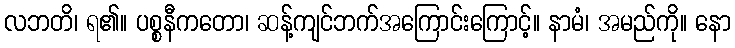
လဘတိ၊ ရ၏။ ပစ္စနီကတော၊ ဆန့်ကျင်ဘက်အကြောင်းကြောင့်။ နာမံ၊ အမည်ကို။ နော